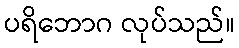
ပရိဘောဂ လုပ်သည်။